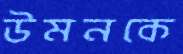
উমনকে